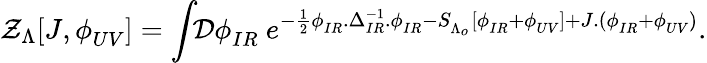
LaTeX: \mathcal{Z}_{\Lambda}[J,\phi_{UV}^{\phantom{a}}]=\int\! \! \mathcal{{D}}\phi_{IR}^{\phantom{a}}\ e^{-\frac{{1}}{{2}}\phi_{IR}^{\phantom{-1}}.\Delta_{IR}^{-1}.\phi_{IR}^{\phantom{-1}}-S_{\Lambda_{o}}^{\phantom{-1}}[\phi_{IR}^{\phantom{-1}}+\phi_{UV}^{\phantom{-1}}]+J.(\phi_{IR}^{\phantom{-1}}+\phi_{UV}^{\phantom{-1}})}.